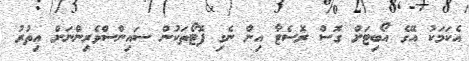
އެކަމަކު އޭގެ އޯބިޓަށް ގޮސް ރޮސެޓާ އިން ނެގި ފޮޓޯތަކުން ސައިންސްވެރިންނަށް އިތުރު